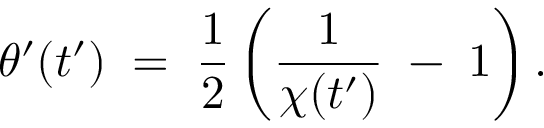
\theta ^ { \prime } ( t ^ { \prime } ) \; = \; \frac { 1 } { 2 } \left( \frac { 1 } { \chi ( t ^ { \prime } ) } \; - \; 1 \right) .